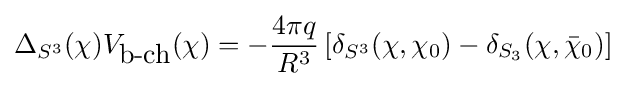
\Delta _{S^{3}}(\chi )V_{\mbox{b-ch}}(\chi )=-{\frac {4\pi q}{R^{3}}}\left[\delta _{S^{3}}(\chi ,\chi _{0})-\delta _{S_{3}}(\chi ,{\bar {\chi }}_{0})\right]